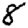
Digit: 8